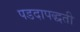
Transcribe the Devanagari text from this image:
पडदापद्धती